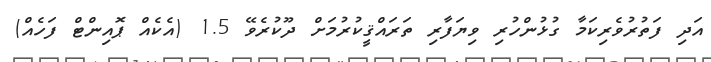
އަދި ފަތުރުވެރިކަމާ ގުޅުންހުރި ވިޔަފާރި ތަރައްޤީކުރުމަށް ދޫކުރެވޭ 1.5 (އެކެއް ޕޮއިންޓް ފަހެއް)